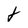
Character: t